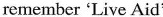
remember 'Live Aid'